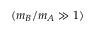
( m _ { B } / m _ { A } \gg 1 )